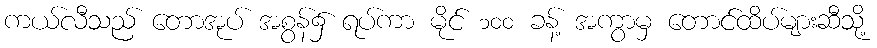
ကယ်လီသည် တောအုပ် အစွန်၌ ရပ်ကာ မိုင် ၁၀၀ ခန့် အကွာမှ တောင်ထိပ်များဆီသို့